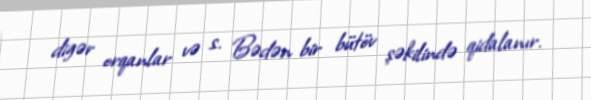
digər orqanlar və s. Bədən bir bütöv şəkilində qidalanır.